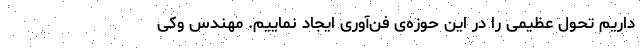
داریم تحول عظیمی را در این حوزه‌ی فن‌آوری ایجاد نماییم. مهندس وکی